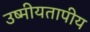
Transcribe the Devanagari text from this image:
उष्मीयतापीय